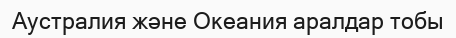
Аустралия және Океания аралдар тобы